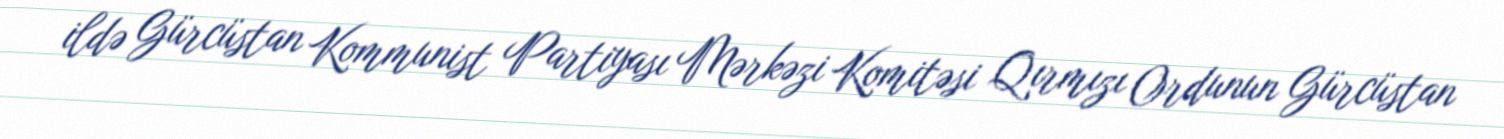
ildə Gürcüstan Kommunist Partiyası Mərkəzi Komitəsi Qırmızı Ordunun Gürcüstan